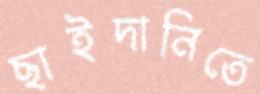
ছাইদানিতে